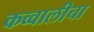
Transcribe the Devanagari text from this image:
कव्वालीचा